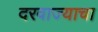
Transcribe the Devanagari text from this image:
दरवाज्याचा